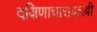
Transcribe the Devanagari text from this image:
दक्षिणाचारावलंबी